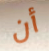
أن